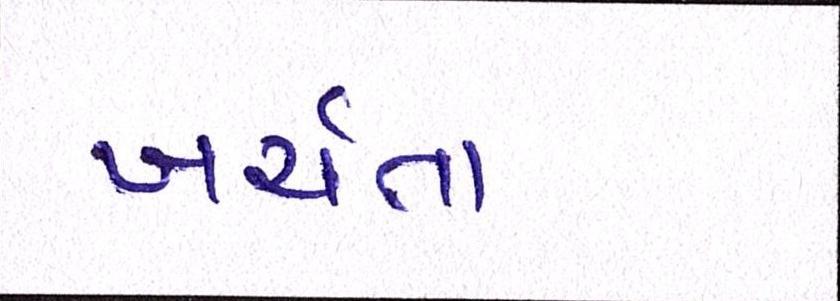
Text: ખર્ચતા